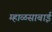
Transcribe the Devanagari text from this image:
म्हाळसाबाई